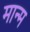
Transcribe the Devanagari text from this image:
मान्म